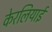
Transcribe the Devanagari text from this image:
केरलियाई